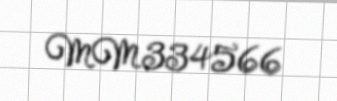
MM334566